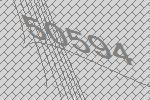
50594